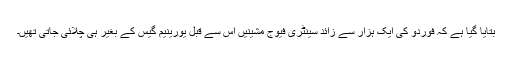
بتایا گیا ہے کہ فوردو کی ایک ہزار سے زائد سینٹری فیوج مشینیں اس سے قبل یورینیم گیس کے بغیر ہی چلائی جاتی تھیں۔